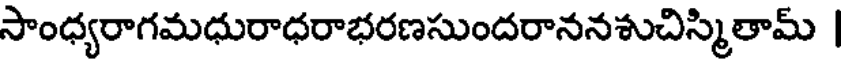
సాంధ్యరాగమధురాధరాభరణసుందరాననశుచిస్మితామ్ |